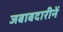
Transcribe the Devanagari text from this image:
जबाबदारीनें